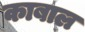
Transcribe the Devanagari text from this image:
काबाल